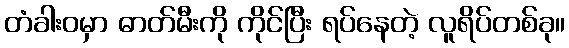
တံခါးဝမှာ ဓာတ်မီးကို ကိုင်ပြီး ရပ်နေတဲ့ လူရိပ်တစ်ခု။